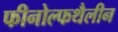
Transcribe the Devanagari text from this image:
फीनोल्फथैलीन